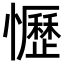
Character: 𢤩